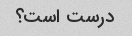
درست است؟